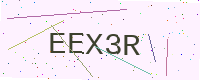
Text: EEX3R